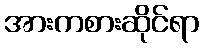
အားကစားဆိုင်ရာ